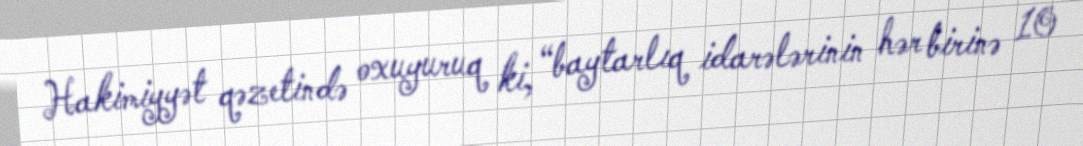
Hakimiyyət qəzetində oxuyuruq ki, “baytarlıq idarələrinin hər birinə 10